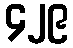
၄၂၉